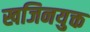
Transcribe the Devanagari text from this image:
खजिनयुक्त